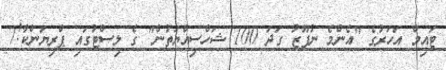
ޓައިމް އަހަރުގެ "އެންމެ ނުފޫޒު ގަދަ 100 ޝަހްސިއްޔަތުން" ގެ ލިސްޓުގައި ޕްރިޔަންކާ!7